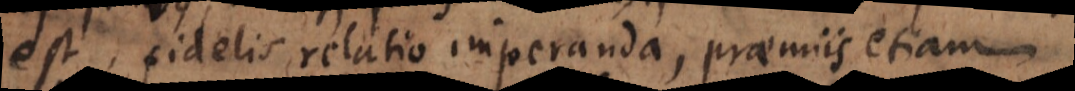
est, fidelis relatio imperanda, praemiis etiam